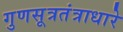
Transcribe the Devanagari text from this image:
गुणसूत्रतंत्राधारे